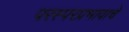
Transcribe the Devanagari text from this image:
परस्परप्रभावाचे